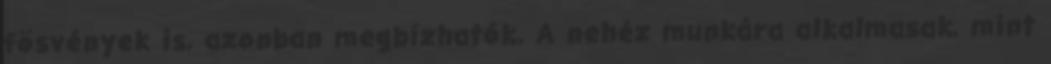
fösvények is, azonban megbízhatók. A nehéz munkára alkalmasak, mint